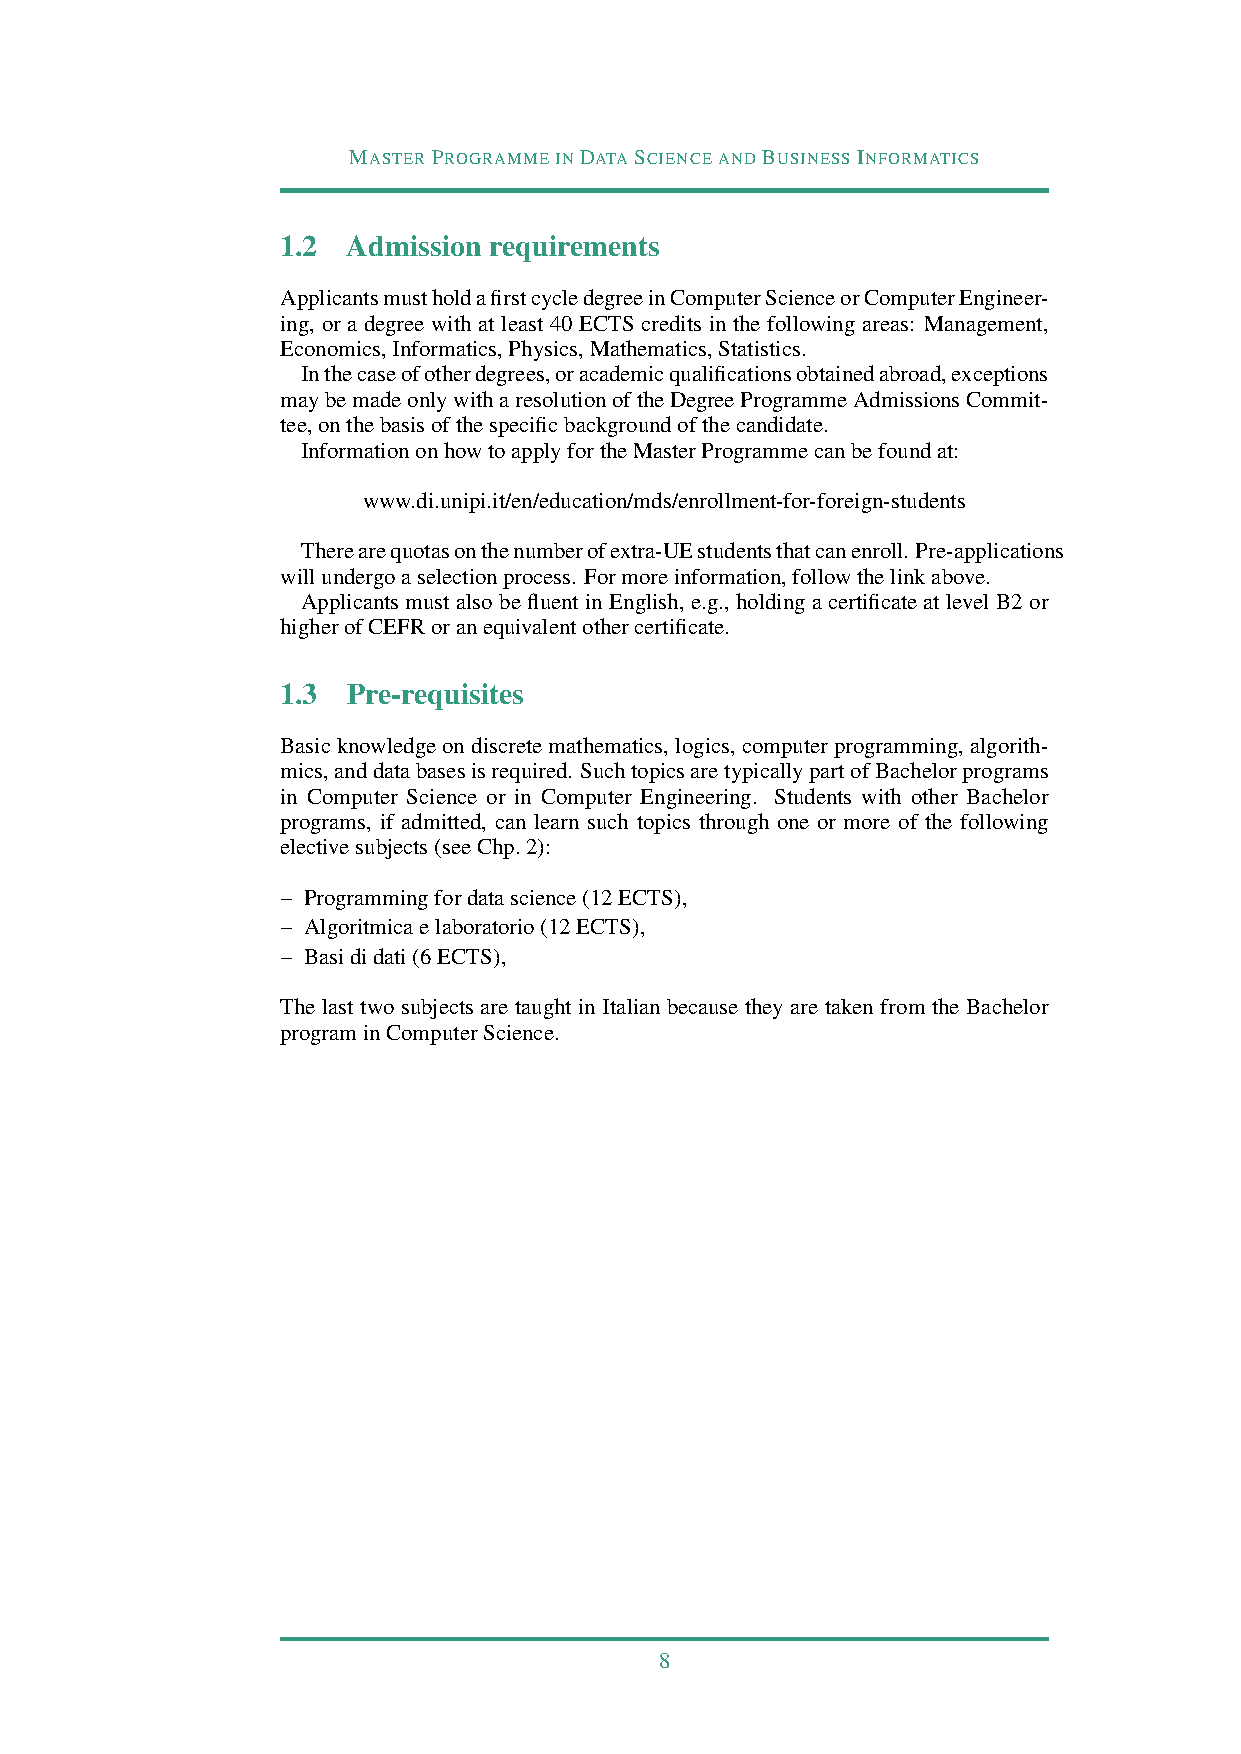
MASTERPROGRAMMEINDATASCIENCEANDBUSINESSINFORMATICS
 1.2 Admission requirements
 ApplicantsmustholdafirstcycledegreeinComputerScienceorComputerEngineer-
 ing, or a degree with at least 40 ECTS credits in the following areas: Management,
 Economics,Informatics,Physics,Mathematics,Statistics.
 Inthecaseofotherdegrees,oracademicqualificationsobtainedabroad,exceptions
 maybemadeonlywitharesolutionoftheDegreeProgrammeAdmissionsCommit-
 tee,onthebasisofthespecificbackgroundofthecandidate.
 InformationonhowtoapplyfortheMasterProgrammecanbefoundat:
 www.di.unipi.it/en/education/mds/enrollment-for-foreign-students
 Therearequotasonthenumberofextra-UEstudentsthatcanenroll. Pre-applications
 willundergoaselectionprocess. Formoreinformation,followthelinkabove.
 Applicants must also be fluent in English, e.g., holding a certificate at level B2 or
 higherofCEFRoranequivalentothercertificate.
 1.3 Pre-requisites
 Basic knowledge on discrete mathematics, logics, computer programming, algorith-
 mics,anddatabasesisrequired. SuchtopicsaretypicallypartofBachelorprograms
 in Computer Science or in Computer Engineering. Students with other Bachelor
 programs, if admitted, can learn such topics through one or more of the following
 electivesubjects(seeChp.2):
 – Programmingfordatascience(12ECTS),
 – Algoritmicaelaboratorio(12ECTS),
 – Basididati(6ECTS),
 The last two subjects are taught in Italian because they are taken from the Bachelor
 programinComputerScience.
 8